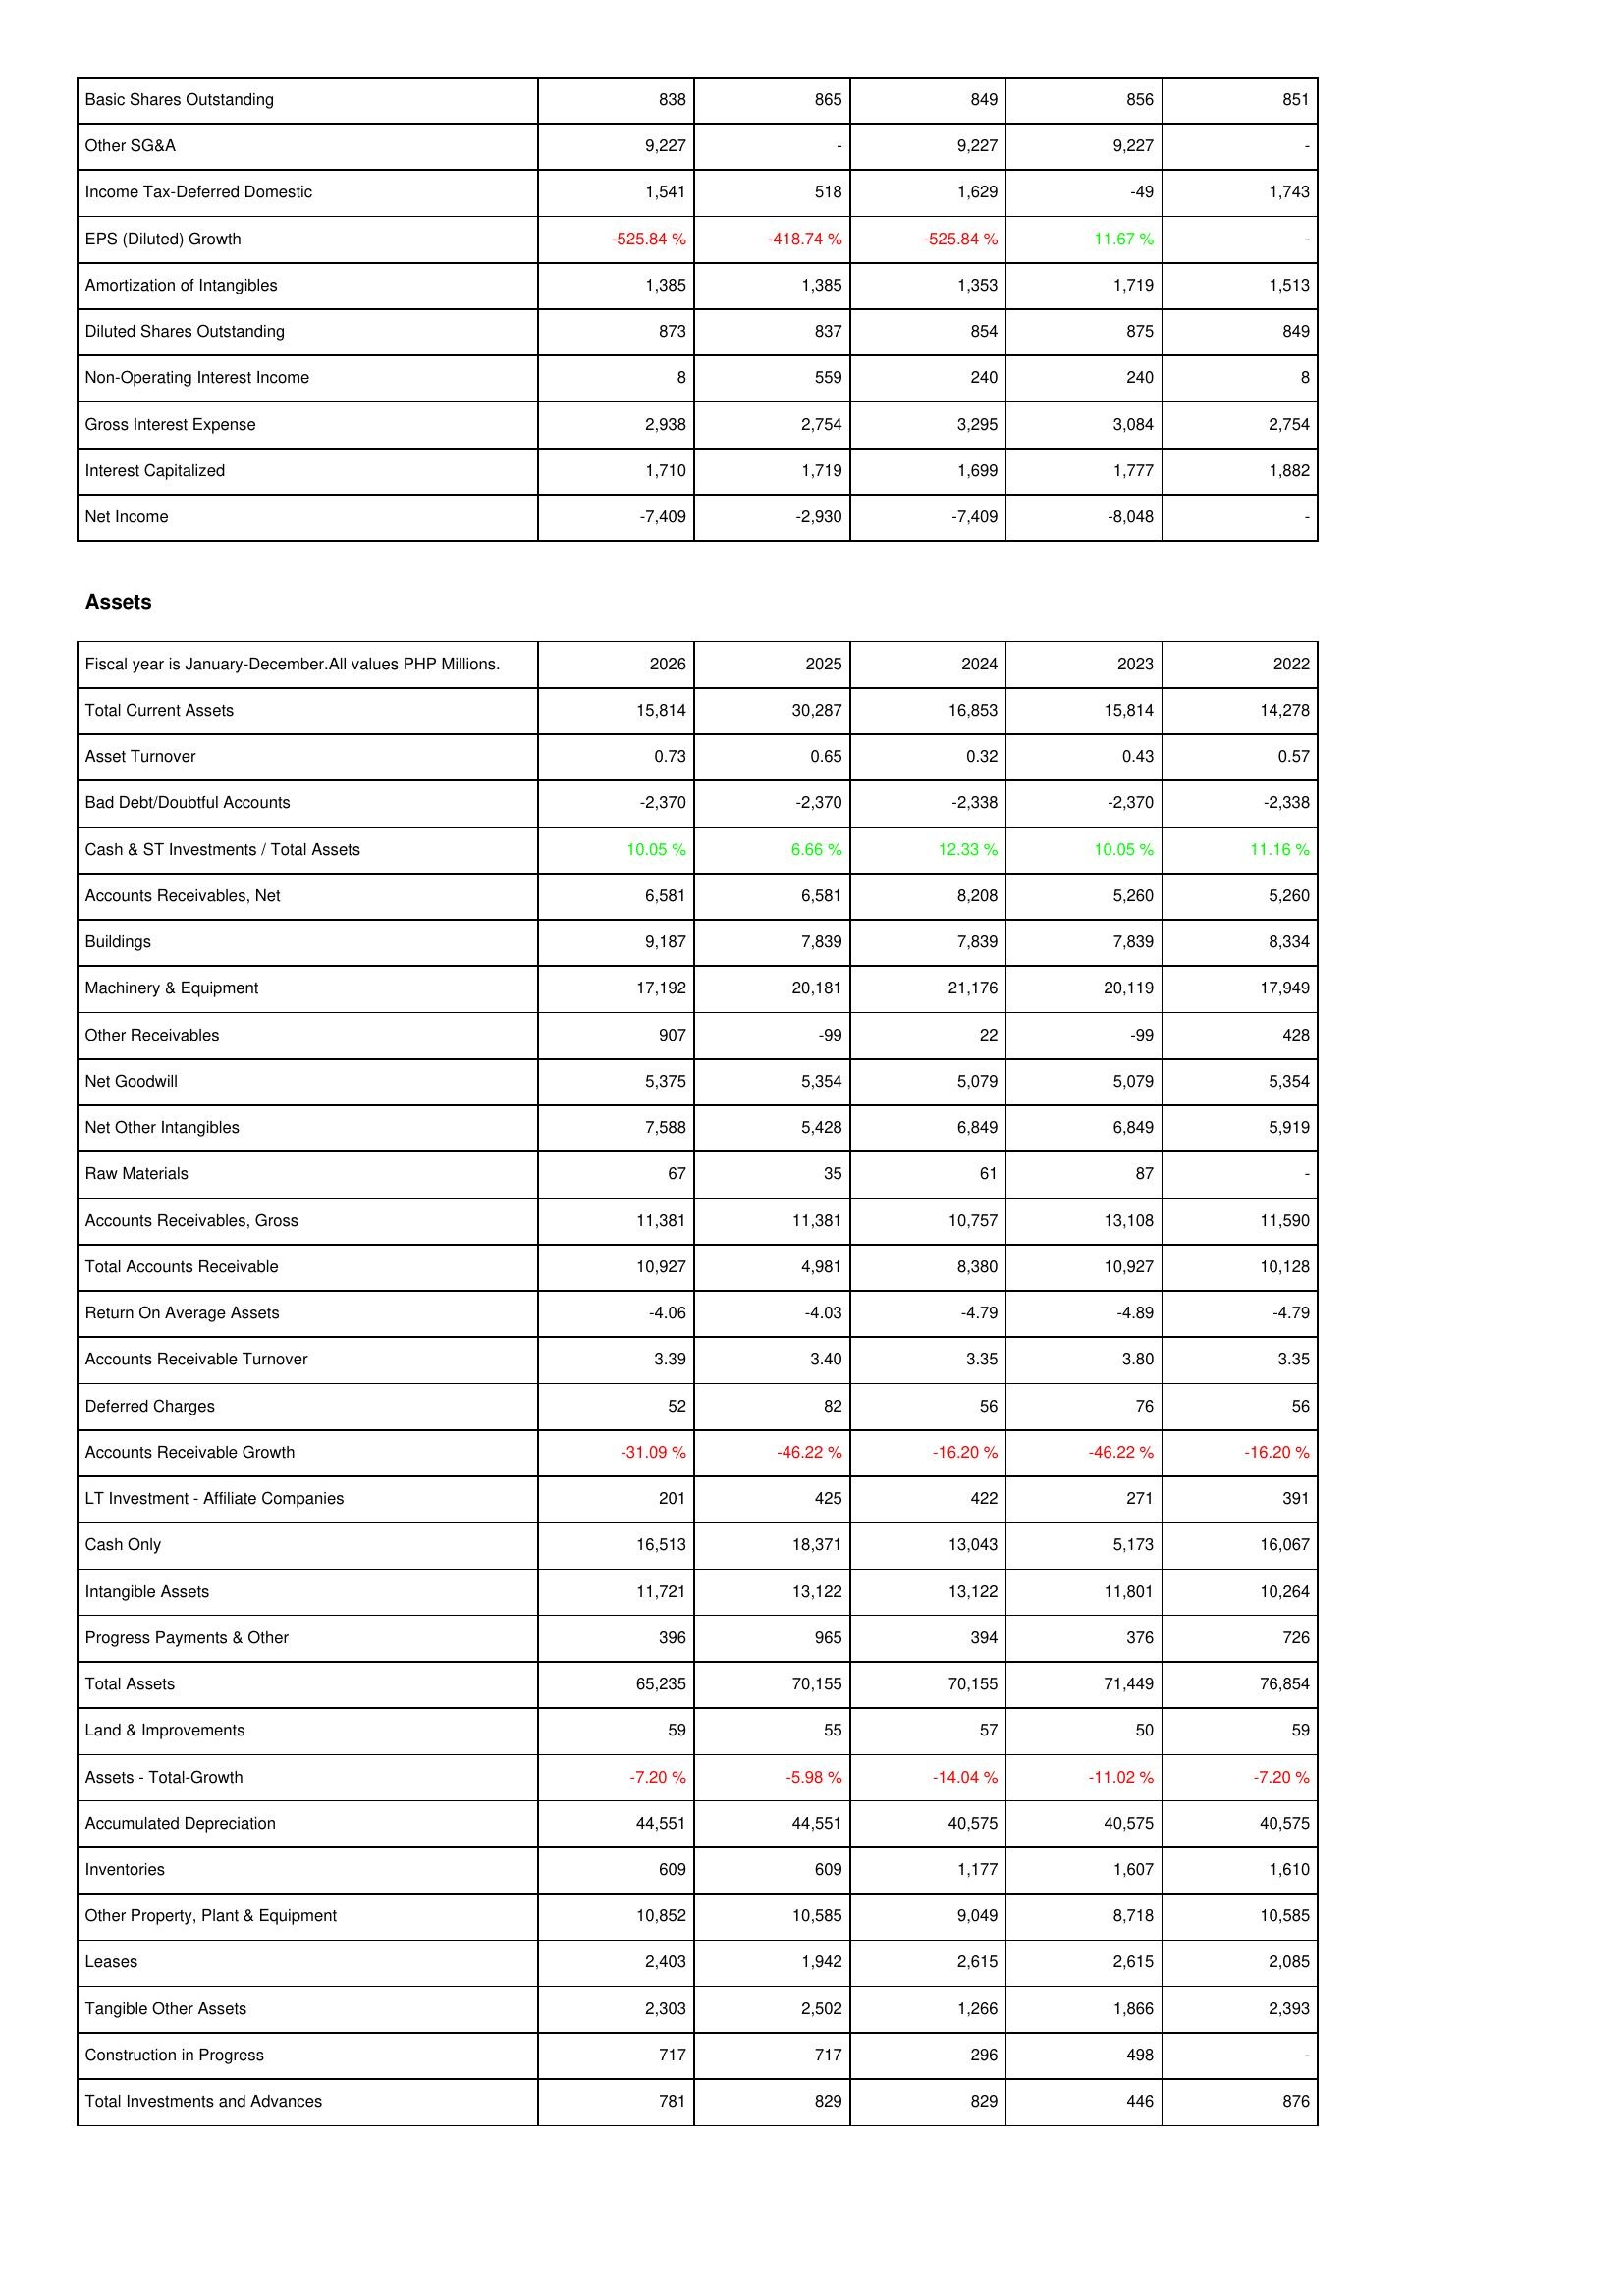
2026: Income Statement: Basic Shares Outstanding: 838
Other SG&A: 9,227
Income Tax-Deferred Domestic: 1,541
EPS (Diluted) Growth: -525.84 %
Amortization of Intangibles: 1,385
Diluted Shares Outstanding: 873
Non-Operating Interest Income: 8
Gross Interest Expense: 2,938
Interest Capitalized: 1,710
Net Income: -7,409
Assets: Total Current Assets: 15,814
Asset Turnover: 0.73
Bad Debt/Doubtful Accounts: -2,370
Cash & ST Investments / Total Assets: 10.05 %
Accounts Receivables, Net: 6,581
Buildings: 9,187
Machinery & Equipment: 17,192
Other Receivables: 907
Net Goodwill: 5,375
Net Other Intangibles: 7,588
Raw Materials: 67
Accounts Receivables, Gross: 11,381
Total Accounts Receivable: 10,927
Return On Average Assets: -4.06
Accounts Receivable Turnover: 3.39
Deferred Charges: 52
Accounts Receivable Growth: -31.09 %
LT Investment - Affiliate Companies: 201
Cash Only: 16,513
Intangible Assets: 11,721
Progress Payments & Other: 396
Total Assets: 65,235
Land & Improvements: 59
Assets - Total-Growth: -7.20 %
Accumulated Depreciation: 44,551
Inventories: 609
Other Property, Plant & Equipment: 10,852
Leases: 2,403
Tangible Other Assets: 2,303
Construction in Progress: 717
Total Investments and Advances: 781
2025: Income Statement: Basic Shares Outstanding: 865
Other SG&A: -
Income Tax-Deferred Domestic: 518
EPS (Diluted) Growth: -418.74 %
Amortization of Intangibles: 1,385
Diluted Shares Outstanding: 837
Non-Operating Interest Income: 559
Gross Interest Expense: 2,754
Interest Capitalized: 1,719
Net Income: -2,930
Assets: Total Current Assets: 30,287
Asset Turnover: 0.65
Bad Debt/Doubtful Accounts: -2,370
Cash & ST Investments / Total Assets: 6.66 %
Accounts Receivables, Net: 6,581
Buildings: 7,839
Machinery & Equipment: 20,181
Other Receivables: -99
Net Goodwill: 5,354
Net Other Intangibles: 5,428
Raw Materials: 35
Accounts Receivables, Gross: 11,381
Total Accounts Receivable: 4,981
Return On Average Assets: -4.03
Accounts Receivable Turnover: 3.40
Deferred Charges: 82
Accounts Receivable Growth: -46.22 %
LT Investment - Affiliate Companies: 425
Cash Only: 18,371
Intangible Assets: 13,122
Progress Payments & Other: 965
Total Assets: 70,155
Land & Improvements: 55
Assets - Total-Growth: -5.98 %
Accumulated Depreciation: 44,551
Inventories: 609
Other Property, Plant & Equipment: 10,585
Leases: 1,942
Tangible Other Assets: 2,502
Construction in Progress: 717
Total Investments and Advances: 829
2024: Income Statement: Basic Shares Outstanding: 849
Other SG&A: 9,227
Income Tax-Deferred Domestic: 1,629
EPS (Diluted) Growth: -525.84 %
Amortization of Intangibles: 1,353
Diluted Shares Outstanding: 854
Non-Operating Interest Income: 240
Gross Interest Expense: 3,295
Interest Capitalized: 1,699
Net Income: -7,409
Assets: Total Current Assets: 16,853
Asset Turnover: 0.32
Bad Debt/Doubtful Accounts: -2,338
Cash & ST Investments / Total Assets: 12.33 %
Accounts Receivables, Net: 8,208
Buildings: 7,839
Machinery & Equipment: 21,176
Other Receivables: 22
Net Goodwill: 5,079
Net Other Intangibles: 6,849
Raw Materials: 61
Accounts Receivables, Gross: 10,757
Total Accounts Receivable: 8,380
Return On Average Assets: -4.79
Accounts Receivable Turnover: 3.35
Deferred Charges: 56
Accounts Receivable Growth: -16.20 %
LT Investment - Affiliate Companies: 422
Cash Only: 13,043
Intangible Assets: 13,122
Progress Payments & Other: 394
Total Assets: 70,155
Land & Improvements: 57
Assets - Total-Growth: -14.04 %
Accumulated Depreciation: 40,575
Inventories: 1,177
Other Property, Plant & Equipment: 9,049
Leases: 2,615
Tangible Other Assets: 1,266
Construction in Progress: 296
Total Investments and Advances: 829
2023: Income Statement: Basic Shares Outstanding: 856
Other SG&A: 9,227
Income Tax-Deferred Domestic: -49
EPS (Diluted) Growth: 11.67 %
Amortization of Intangibles: 1,719
Diluted Shares Outstanding: 875
Non-Operating Interest Income: 240
Gross Interest Expense: 3,084
Interest Capitalized: 1,777
Net Income: -8,048
Assets: Total Current Assets: 15,814
Asset Turnover: 0.43
Bad Debt/Doubtful Accounts: -2,370
Cash & ST Investments / Total Assets: 10.05 %
Accounts Receivables, Net: 5,260
Buildings: 7,839
Machinery & Equipment: 20,119
Other Receivables: -99
Net Goodwill: 5,079
Net Other Intangibles: 6,849
Raw Materials: 87
Accounts Receivables, Gross: 13,108
Total Accounts Receivable: 10,927
Return On Average Assets: -4.89
Accounts Receivable Turnover: 3.80
Deferred Charges: 76
Accounts Receivable Growth: -46.22 %
LT Investment - Affiliate Companies: 271
Cash Only: 5,173
Intangible Assets: 11,801
Progress Payments & Other: 376
Total Assets: 71,449
Land & Improvements: 50
Assets - Total-Growth: -11.02 %
Accumulated Depreciation: 40,575
Inventories: 1,607
Other Property, Plant & Equipment: 8,718
Leases: 2,615
Tangible Other Assets: 1,866
Construction in Progress: 498
Total Investments and Advances: 446
2022: Income Statement: Basic Shares Outstanding: 851
Other SG&A: -
Income Tax-Deferred Domestic: 1,743
EPS (Diluted) Growth: -
Amortization of Intangibles: 1,513
Diluted Shares Outstanding: 849
Non-Operating Interest Income: 8
Gross Interest Expense: 2,754
Interest Capitalized: 1,882
Net Income: -
Assets: Total Current Assets: 14,278
Asset Turnover: 0.57
Bad Debt/Doubtful Accounts: -2,338
Cash & ST Investments / Total Assets: 11.16 %
Accounts Receivables, Net: 5,260
Buildings: 8,334
Machinery & Equipment: 17,949
Other Receivables: 428
Net Goodwill: 5,354
Net Other Intangibles: 5,919
Raw Materials: -
Accounts Receivables, Gross: 11,590
Total Accounts Receivable: 10,128
Return On Average Assets: -4.79
Accounts Receivable Turnover: 3.35
Deferred Charges: 56
Accounts Receivable Growth: -16.20 %
LT Investment - Affiliate Companies: 391
Cash Only: 16,067
Intangible Assets: 10,264
Progress Payments & Other: 726
Total Assets: 76,854
Land & Improvements: 59
Assets - Total-Growth: -7.20 %
Accumulated Depreciation: 40,575
Inventories: 1,610
Other Property, Plant & Equipment: 10,585
Leases: 2,085
Tangible Other Assets: 2,393
Construction in Progress: -
Total Investments and Advances: 876